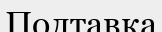
Полтавка